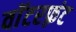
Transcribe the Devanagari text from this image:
वाॅटरफ़्रंट